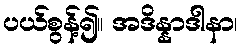
ပယ်စွန့်၍။ အဒိန္နာဒါနာ၊